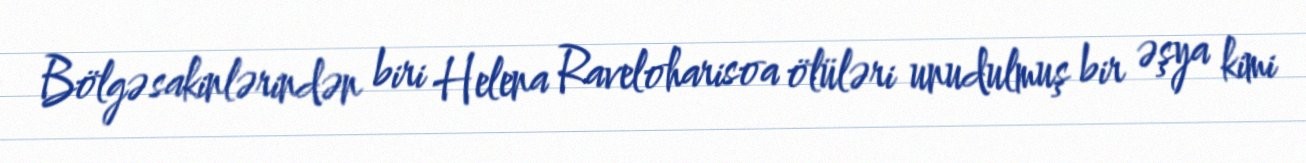
Bölgə sakinlərindən biri Helena Raveloharisoa ölüləri unudulmuş bir əşya kimi